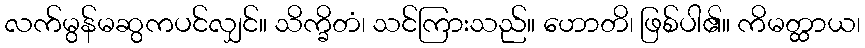
လက်မွန်မဆွကပင်လျှင်။ သိက္ခိတံ၊ သင်ကြားသည်။ ဟောတိ၊ ဖြစ်ပါ၏။ ကိမတ္ထာယ၊